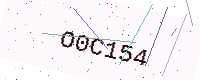
Text: O0C154